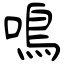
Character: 鳴